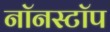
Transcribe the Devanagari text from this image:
नॉनस्‍टॉप